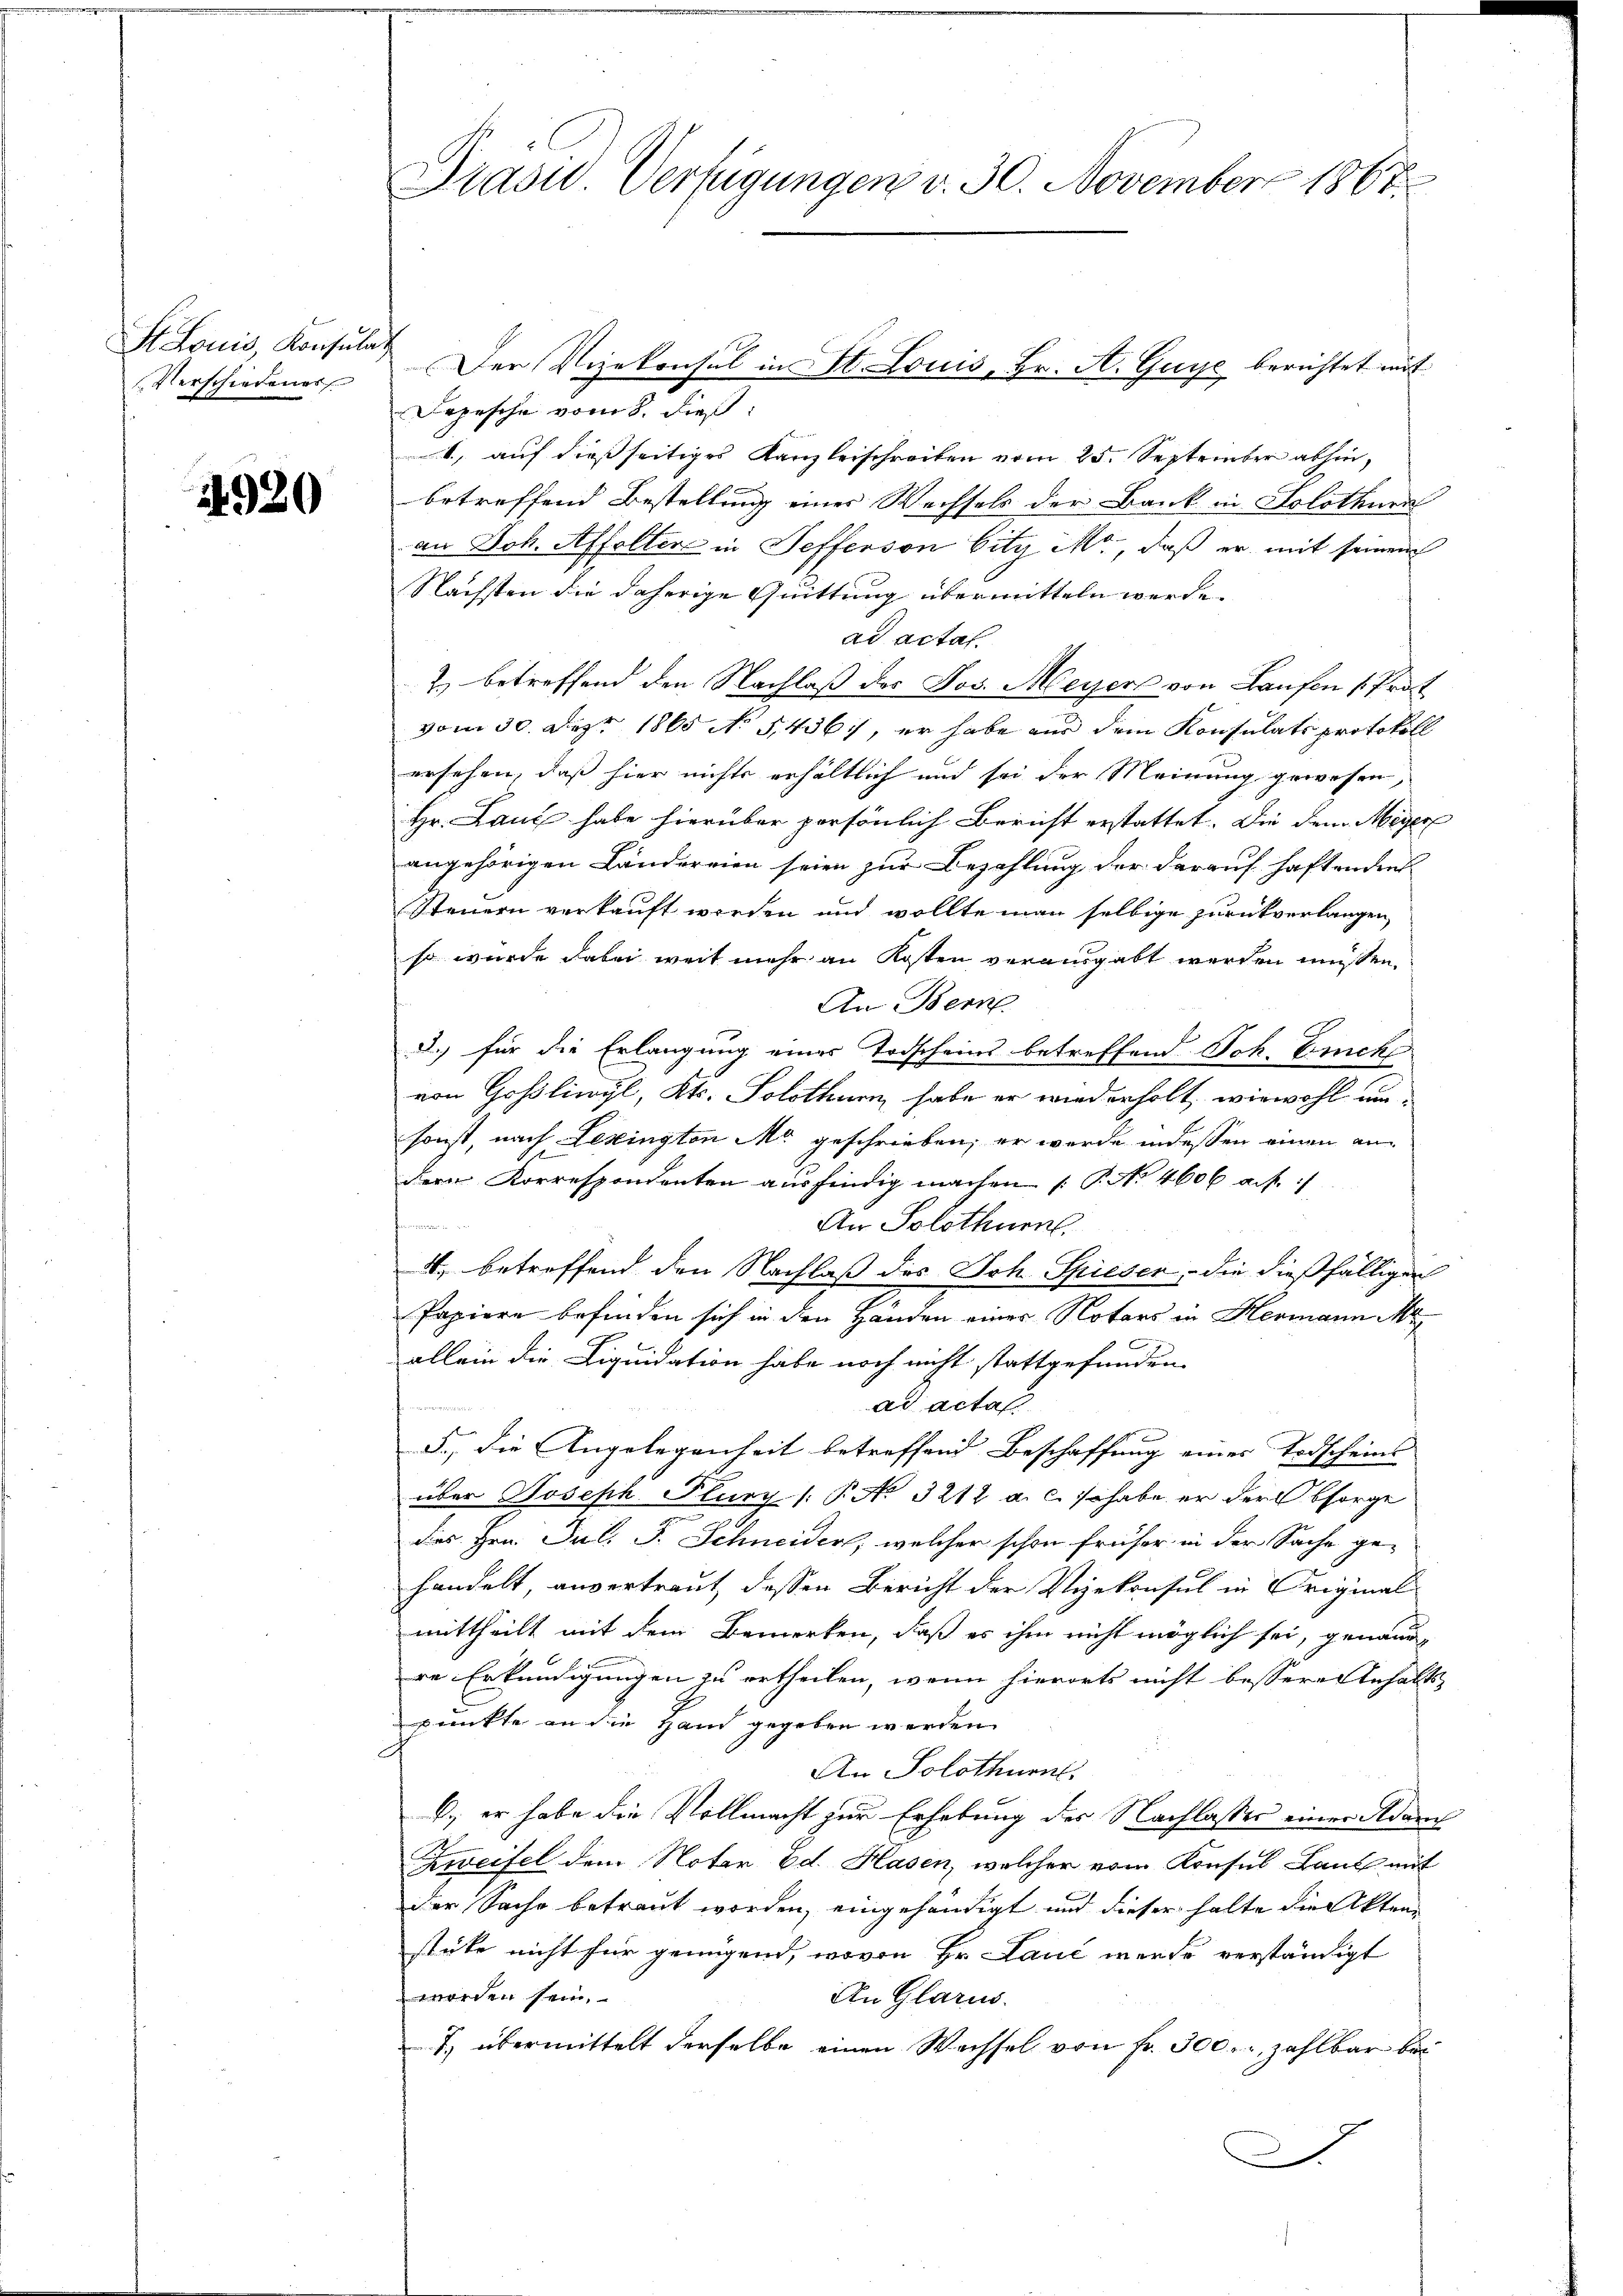
St. Louis, Konsula
Verschiedenes

4920

Präsid. Verfügungen v. 30. November 1867

Der Vizekonsul in St. Louis, Hr. A. Guye berichtet mit
Depesche vom 8. dieß:
., auf dießseitiges Kanzleischreiben vom 25. September abhin,
betreffend Bestellung einer Wechsels der Bank in Solothurn
an Joh. Affeltere in Sefferson bity M., daß er mit seinem
Nächsten die daherige Quittung übermitteln werde.
ad actat.
2) betreffend den Nachlaß des Jos. Meyers von Laufen Prof.
vom 30. Dez. 1865 No 5,436, er habe aus dem Konsulats protokoll
ersehen, daß hier nichts erhältlich und sei der Meinung gewesen,
Hr. Laut habe hierüber persönlich Bericht erstattet. Die dem Meyer
angehörigen Ländereien seien zur Bezahlung der darauf haftenden
Steuern verkauft werden und wollte man selbige zurückverlangen,
so wurde dabei weit mehr an Kosten verausgabt werden müssen.
An Bern
d.) für die Erlangung eines Todscheins betreffend Joh. Enck
von Goßlinyl, Kts. Solothurn, habe er wiederholt, wiewohl um-
sonst, nach Lexington M. geschrieben, er wurde indessen einen ander Korrespondenten ausfindig machen (T. No. 4606 auf
u
An Solothurn,
4., betreffend den Nachlaß des Joh. Spieser, die dießfälligen
Papiere befinden sich in den Händen einer Notars in Hermann Me
allein die Liquidation habe noch nicht stattgefunden.
ad actas
5., die Angelegenheit betreffend Beschaffung eines Todscheins-
über Joseph Plury (P No 3212 a. c. so habe er der Obsorge
des Hrn. Jul. F. Schneider, welcher schon früher in der Sache ge-
handelt, anvertraut dessen Bericht der Vizekonsul in Original
mittheilt mit dem Bemerken, daß es ihm nicht möglich sei, genannre Erkundigungen zu ertheilen, wenn hierorts nicht bessere Anhalts
punkte an die Hand gegeben werden.
An Solothurn.
6.) er habe die Vollmacht zur Erhebung der Nachlasses einer Adam
Zweifel dem Notar od. Hasen, welcher vom Konsul Laut mit
der Sache betraut worden, eingehändigt und dieser halte die Akten
stüke nicht für genügend, wovon Hr. Laut werde verständigt
worden sein.
An Glarus.
T. übermittelt derselbe einen Wachsel von Fr. 300. zahlbar bei
.